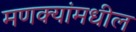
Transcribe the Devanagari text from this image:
मणक्‍यांमधील